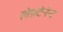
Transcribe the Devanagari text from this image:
लेफ़्टेनेन्ट